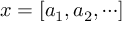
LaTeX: x = [ a _ { 1 } , a _ { 2 } , \cdots ]